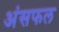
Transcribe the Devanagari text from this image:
अंसफल